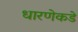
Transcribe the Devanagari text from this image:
धारणेकडे